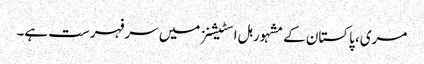
مری، پاکستان کے مشہور ہل اسٹیشنز میں سرفہرست ہے۔